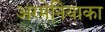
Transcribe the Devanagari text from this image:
अरमेनियाका